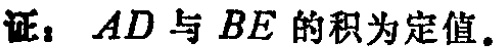
证：$AD$ 与 $BE$ 的积为定值。